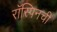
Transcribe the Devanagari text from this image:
रॉस्पिनची